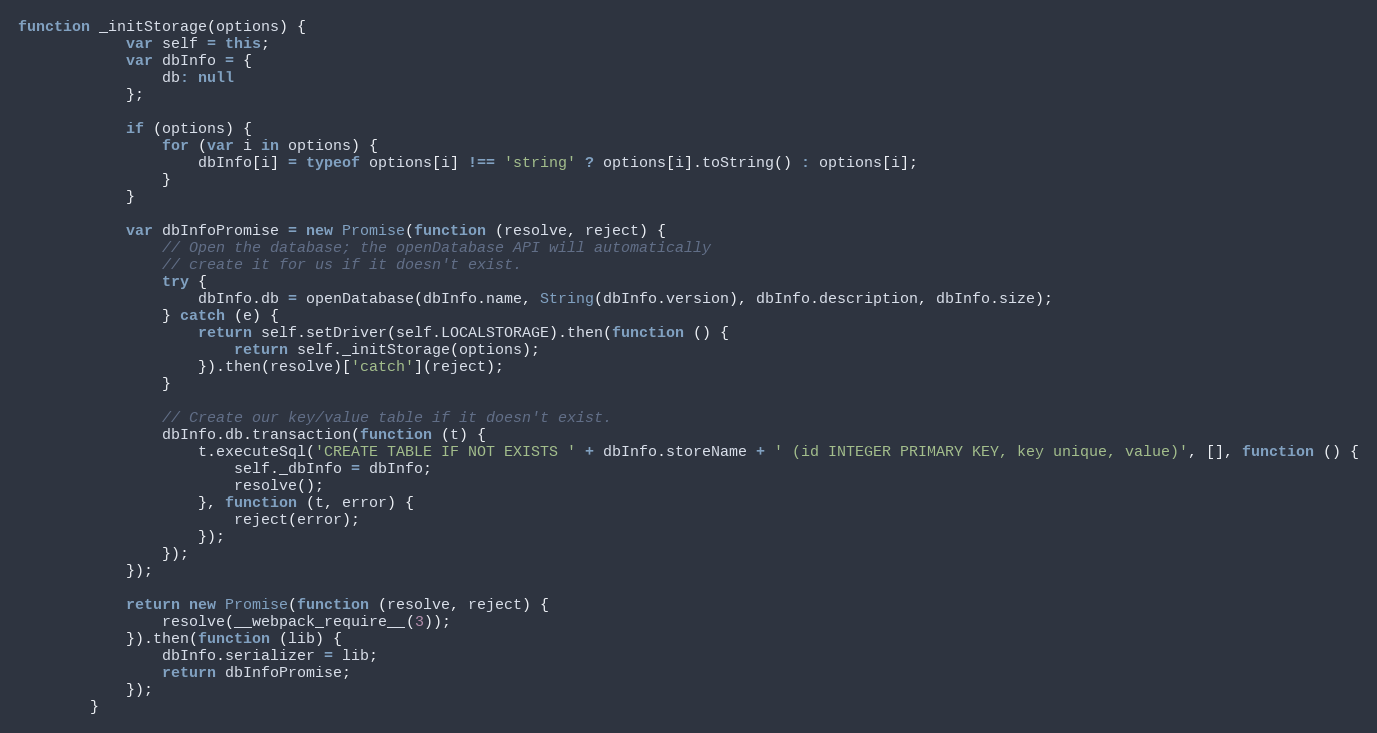
Language: JavaScript
function _initStorage(options) {
	        var self = this;
	        var dbInfo = {
	            db: null
	        };

	        if (options) {
	            for (var i in options) {
	                dbInfo[i] = typeof options[i] !== 'string' ? options[i].toString() : options[i];
	            }
	        }

	        var dbInfoPromise = new Promise(function (resolve, reject) {
	            // Open the database; the openDatabase API will automatically
	            // create it for us if it doesn't exist.
	            try {
	                dbInfo.db = openDatabase(dbInfo.name, String(dbInfo.version), dbInfo.description, dbInfo.size);
	            } catch (e) {
	                return self.setDriver(self.LOCALSTORAGE).then(function () {
	                    return self._initStorage(options);
	                }).then(resolve)['catch'](reject);
	            }

	            // Create our key/value table if it doesn't exist.
	            dbInfo.db.transaction(function (t) {
	                t.executeSql('CREATE TABLE IF NOT EXISTS ' + dbInfo.storeName + ' (id INTEGER PRIMARY KEY, key unique, value)', [], function () {
	                    self._dbInfo = dbInfo;
	                    resolve();
	                }, function (t, error) {
	                    reject(error);
	                });
	            });
	        });

	        return new Promise(function (resolve, reject) {
	            resolve(__webpack_require__(3));
	        }).then(function (lib) {
	            dbInfo.serializer = lib;
	            return dbInfoPromise;
	        });
	    }